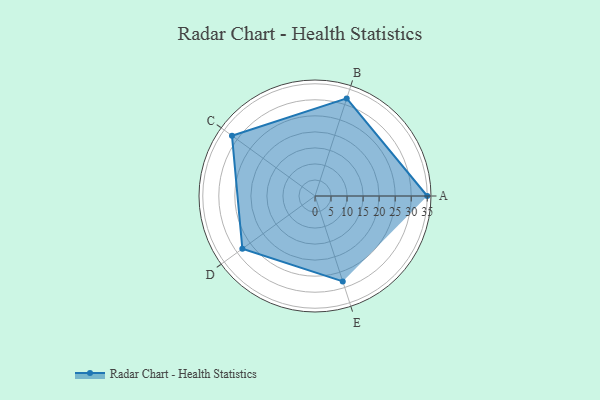
{"axis": {"x": "Skill", "y": "Score"}, "legend": ["Profile"], "data": [{"x": "A", "y": 35.0, "type": "Profile"}, {"x": "B", "y": 32.0, "type": "Profile"}, {"x": "C", "y": 32.0, "type": "Profile"}, {"x": "D", "y": 28.0, "type": "Profile"}, {"x": "E", "y": 28.0, "type": "Profile"}]}